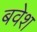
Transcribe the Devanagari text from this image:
बवेश